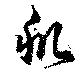
肌